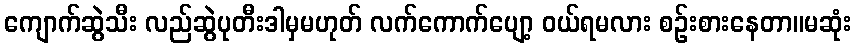
ကျောက်ဆွဲသီး လည်ဆွဲပုတီးဒါမှမဟုတ် လက်ကောက်ပျော့ ဝယ်ရမလား စဉ်းစားနေတာ။မဆုံး